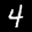
Label: 4